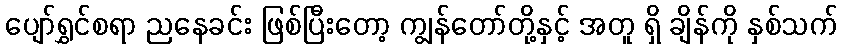
ပျော်ရွှင်စရာ ညနေခင်း ဖြစ်ပြီးတော့ ကျွန်တော်တို့နှင့် အတူ ရှိ ချိန်ကို နှစ်သက်